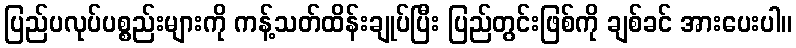
ပြည်ပလုပ်ပစ္စည်းများကို ကန့်သတ်ထိန်းချုပ်ပြီး ပြည်တွင်းဖြစ်ကို ချစ်ခင် အားပေးပါ။